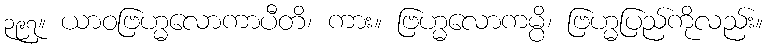
၃၉၇။ ယာဝဗြဟ္မလောကာပီတိ၊ ကား။ ဗြဟ္မလောကမ္ပိ၊ ဗြဟ္မပြည်ကိုလည်း။